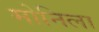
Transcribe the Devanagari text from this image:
मोनिला